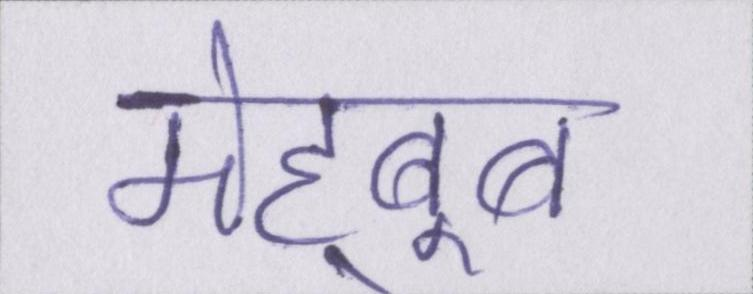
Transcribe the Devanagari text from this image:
मेह्बूब